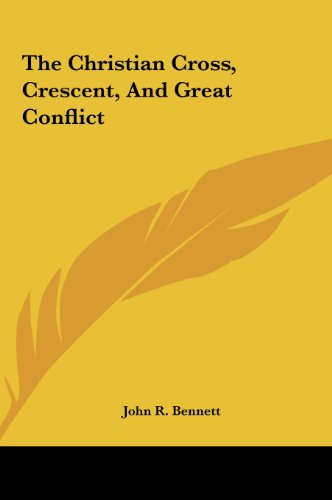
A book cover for The Christian Cross, Crescent, And Great Conflict; John R. Bennett; Computers & Technology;